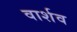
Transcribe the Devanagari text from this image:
वार्शव